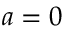
a = 0